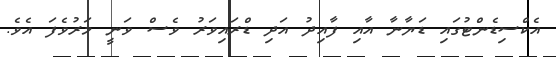
އެކްސިޑެންޓުގައި ޑަޔާނާ އާއި ފާއިދު އަދި ޑްރައިވަރު ވެސް ވަނީ މަރުވެފަ އެވެ.